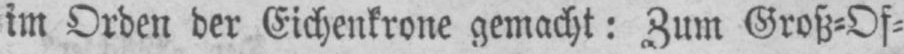
im Orden der Eichenkrone gemacht: Zum Groß⸗Of⸗